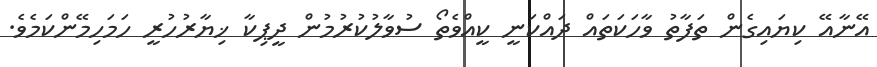
އޭނާއޭ ކިޔައިގެން ތަފާތު ވާހަކަތައް ދައްކަނީ ކީއްވެތޯ ސުވާލުކުރުމުން ދީޕިކާ ޚިޔާރުހުރީ ހަމަހިމޭންކަމެވެ.